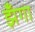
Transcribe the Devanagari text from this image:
झँगा